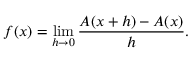
f ( x ) = \operatorname* { l i m } _ { h \to 0 } { \frac { A ( x + h ) - A ( x ) } { h } } .